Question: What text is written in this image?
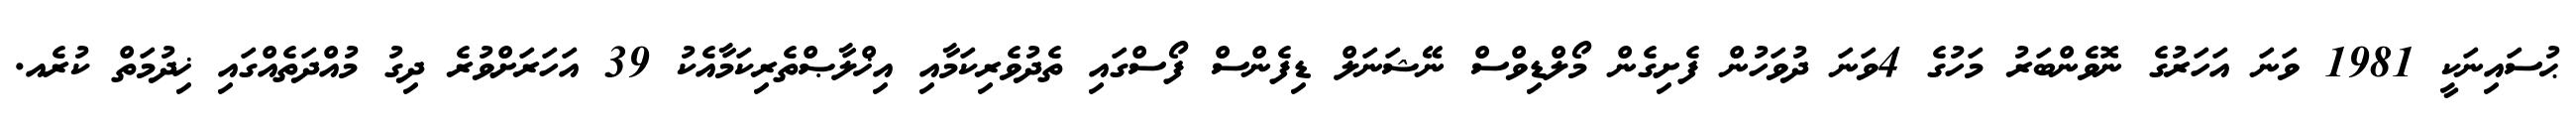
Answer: ޙުސައިނަކީ 1981 ވަނަ އަހަރުގެ ނޮވެންބަރު މަހުގެ 4ވަނަ ދުވަހުން ފެށިގެން މޯލްޑިވްސް ނޭޝަނަލް ޑިފެންސް ފޯސްގައި ތެދުވެރިކަމާއި އިޚްލާޞްތެރިކަމާއެކު 39 އަހަރަށްވުރެ ދިގު މުއްދަތެއްގައި ޚިދުމަތް ކުރެއ.